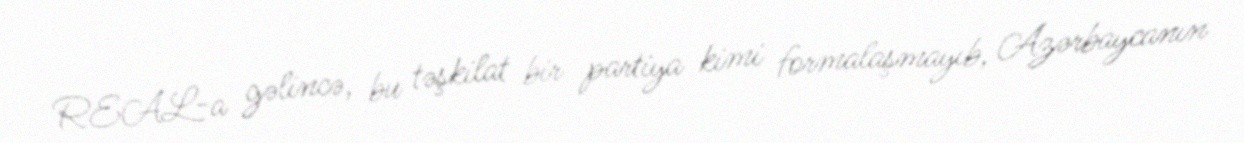
REAL-a gəlincə, bu təşkilat bir partiya kimi formalaşmayıb, Azərbaycanın